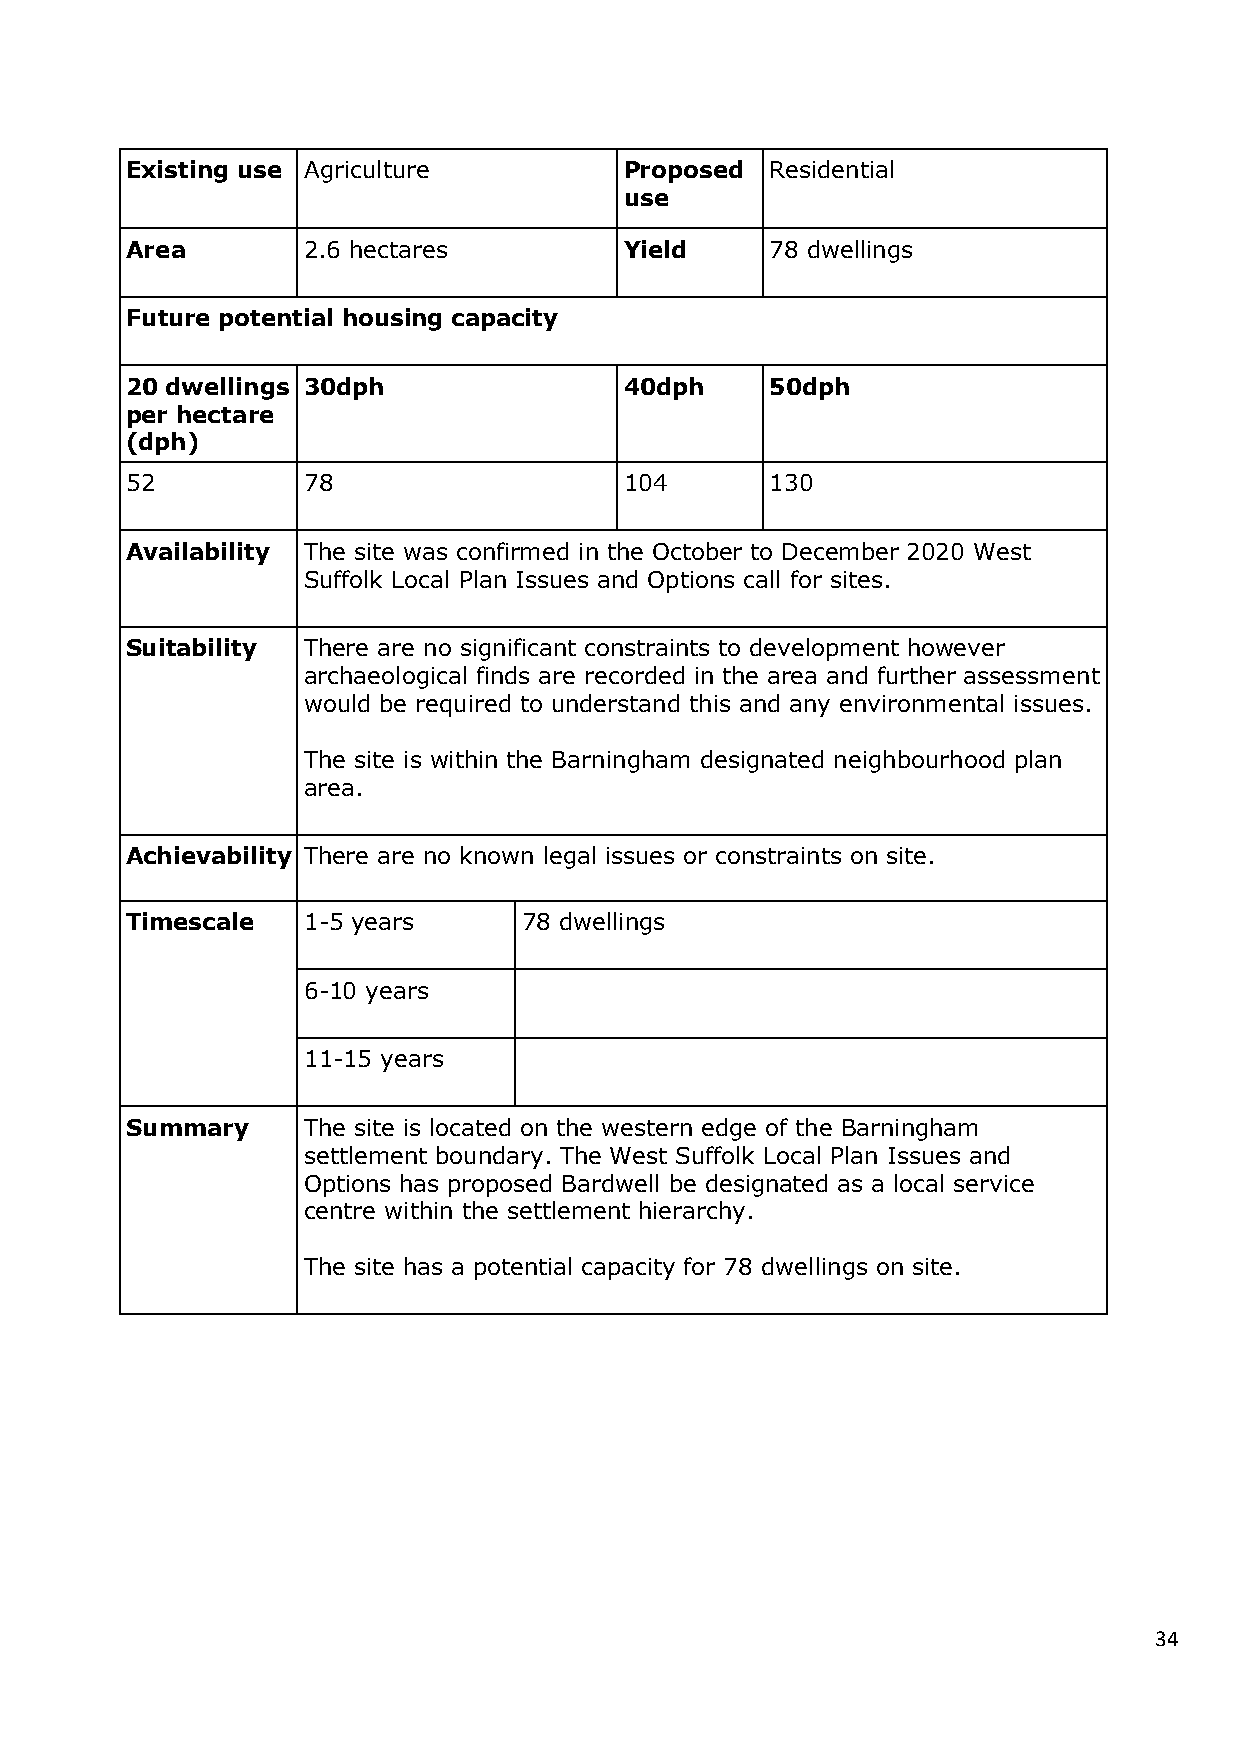
Existing use Agriculture         Proposed  Residential
 use
 Area        2.6 hectares         Yield     78 dwellings
 Future potential housing capacity
 20 dwellings 30dph               40dph     50dph
 per hectare
 (dph)
 52          78                   104       130
 Availability The site was confirmed in the October to December 2020 West
 Suffolk Local Plan Issues and Options call for sites.
 Suitability There are no significant constraints to development however
 archaeological finds are recorded in the area and further assessment
 would be required to understand this and any environmental issues.
 The site is within the Barningham designated neighbourhood plan
 area.
 Achievability There are no known legal issues or constraints on site.
 Timescale   1-5 years      78 dwellings
 6-10 years
 11-15 years
 Summary     The site is located on the western edge of the Barningham
 settlement boundary. The West Suffolk Local Plan Issues and
 Options has proposed Bardwell be designated as a local service
 centre within the settlement hierarchy.
 The site has a potential capacity for 78 dwellings on site.
 34